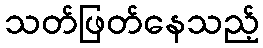
သတ်ဖြတ်နေသည့်